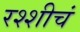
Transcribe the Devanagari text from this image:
रश्शीचं